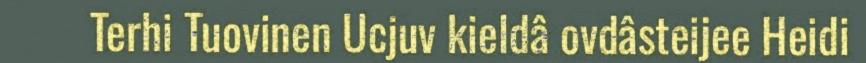
Terhi Tuovinen Ucjuv kieldâ ovdâsteijee Heidi